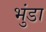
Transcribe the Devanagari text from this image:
भुंडा